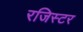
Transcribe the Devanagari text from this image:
रजिस्टर